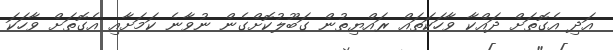
އަދި އެގޮތަށް ދައްކާ ވާހަކަތައް ރައްޔިތުން ގަބޫލުކޮށްގެން ނުވާނެ ކަމަށާއި އެގޮތަށް ވާހަކަ